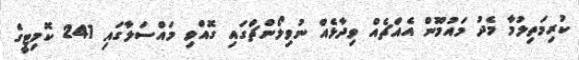
ކުރިމަތިލުމާ މެދު މައުމޫން އެއްޗެއް ވިދާޅެއް ނުވިލޯންޗްގައި ގޮއްވި މައްސަލާގައި 241 ކޮމިޓީގެ